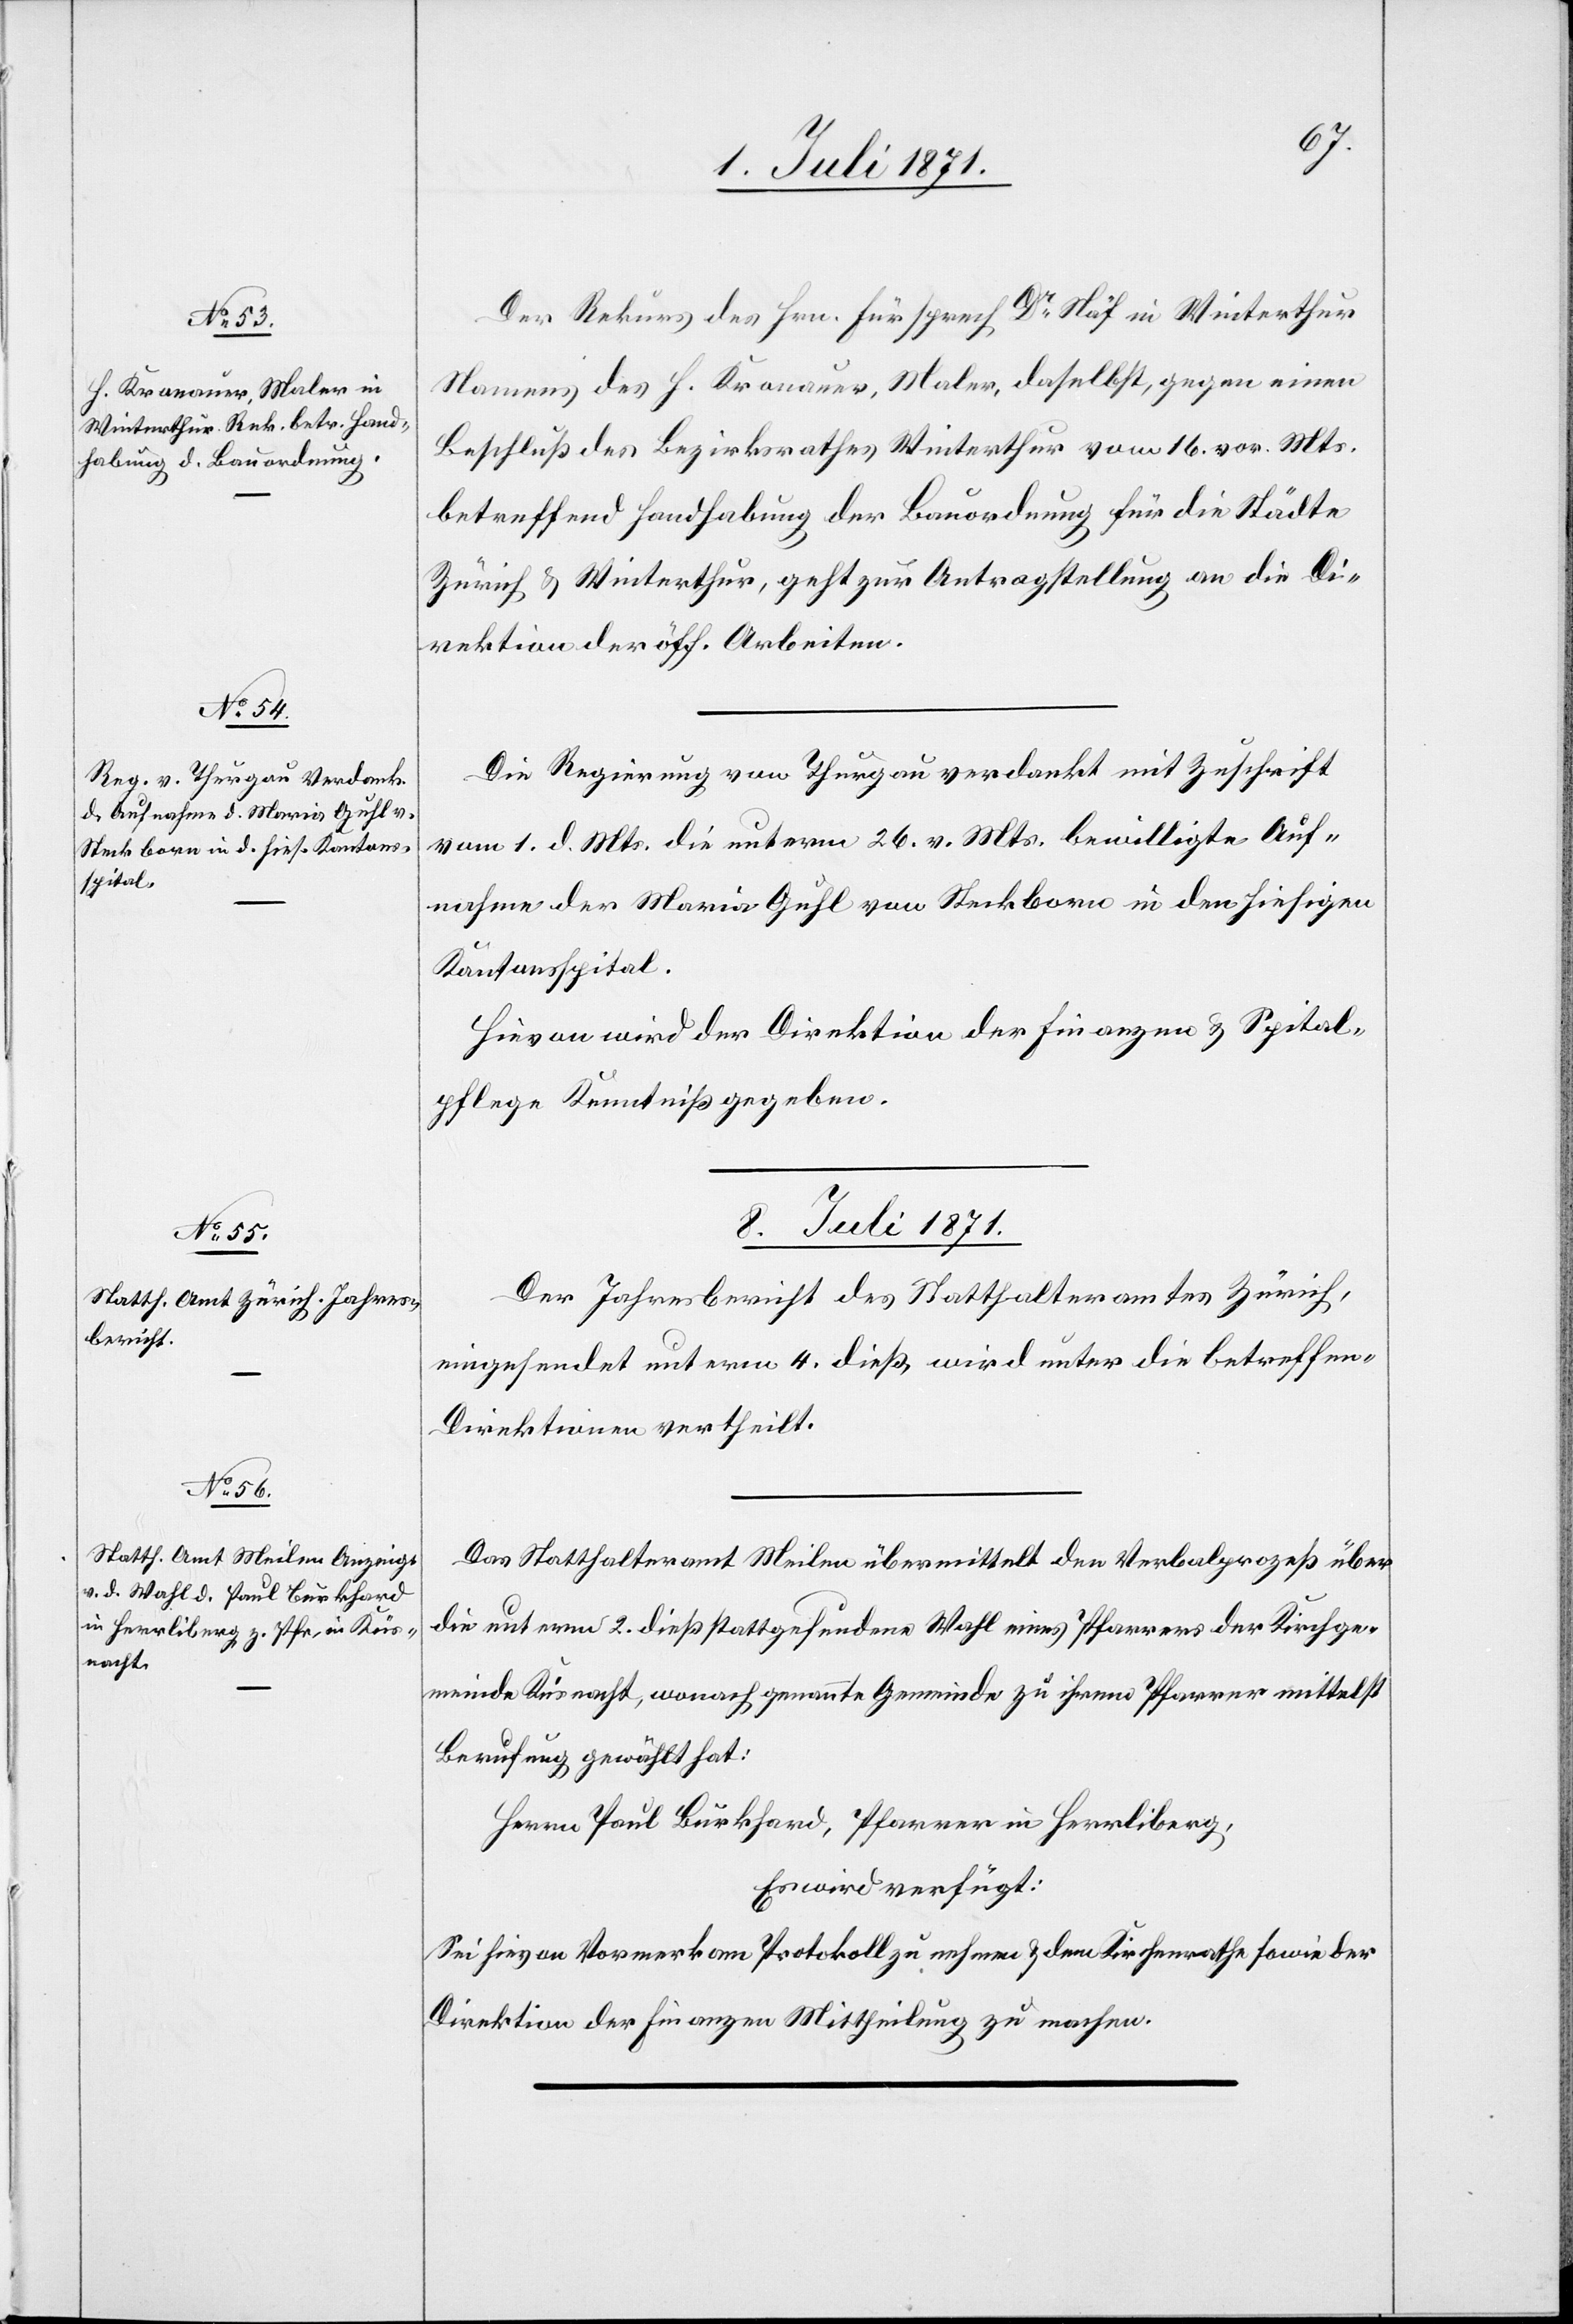
Der Rekurs des Hrn. Fürsprech Dr. Näf in Winterthur
Namens des H. Kronauer, Maler, daselbst, gegen einen
Beschluß des Bezirksrathes Winterthur vom 16. vor. Mts.
betreffend Handhabung der Bauordnung für die Städte
Zürich u. Winterthur, geht zur Antragstellung an die Di¬
rektion der öff. Arbeiten.
Die Regierung von Thurgau verdankt mit Zuschrift
vom 1. d. Mts. die unterm 26. v. Mts. bewilligte Auf¬
nahme der Maria Guhl von Steckborn in den hiesigen
Kantonsspital.
Hievon wird der Direktion der Finanzen u. Spital¬
pflege Kenntniß gegeben.
8. Juli 1871.]
Der Jahresbericht des Statthalteramtes Zürich,
eingesendet unterm 4. dieß, wird unter die betreffen[de]
Direktion vertheilt.
Das Statthalteramt Meilen übermittelt den Verbalprozeß über
die unterm 2. dieß stattgefundene Wahl eines Pfarrers der Kirchge¬
meinde Küsnacht, wonach genannte Gemeinde zu ihrem Pfarrer mittelst
Berufung gewählt hat:
Herrn Paul Burkhard, Pfarrer in Herrliberg.
Es wird verfügt:
Sei hievon Vormerk am Protokoll zu nehmen u. dem Kirchenrathe sowie der
Direktion der Finanzen Mittheilung zu machen.